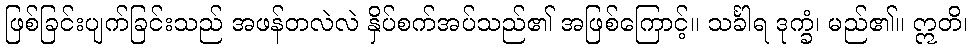
ဖြစ်ခြင်းပျက်ခြင်းသည် အဖန်တလဲလဲ နှိပ်စက်အပ်သည်၏ အဖြစ်ကြောင့်။ သင်္ခါရ ဒုက္ခံ၊ မည်၏။ ဣတိ၊